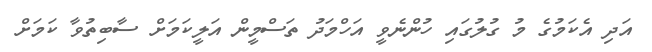
އަދި އެކަމުގެ މު ގުލުގައި ހުންނެވީ އަހްމަދު ތަސްމީން އަލީކަމަށް ސާބިތުވާ ކަމަށް